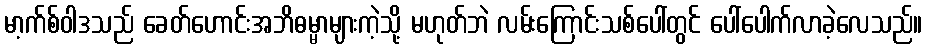
မာ့က်စ်ဝါဒသည် ခေတ်ဟောင်းအဘိဓမ္မာများကဲ့သို့ မဟုတ်ဘဲ လမ်းကြောင်းသစ်ပေါ်တွင် ပေါ်ပေါက်လာခဲ့လေသည်။